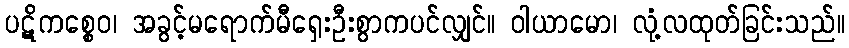
ပဋိကစ္စေဝ၊ အခွင့်မရောက်မီရှေးဦးစွာကပင်လျှင်။ ဝါယာမော၊ လုံ့လထုတ်ခြင်းသည်။